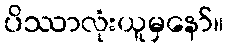
ပိဿာလုံးယူမှနော်။